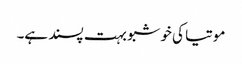
موتیا کی خوشبو بہت پسند ہے۔